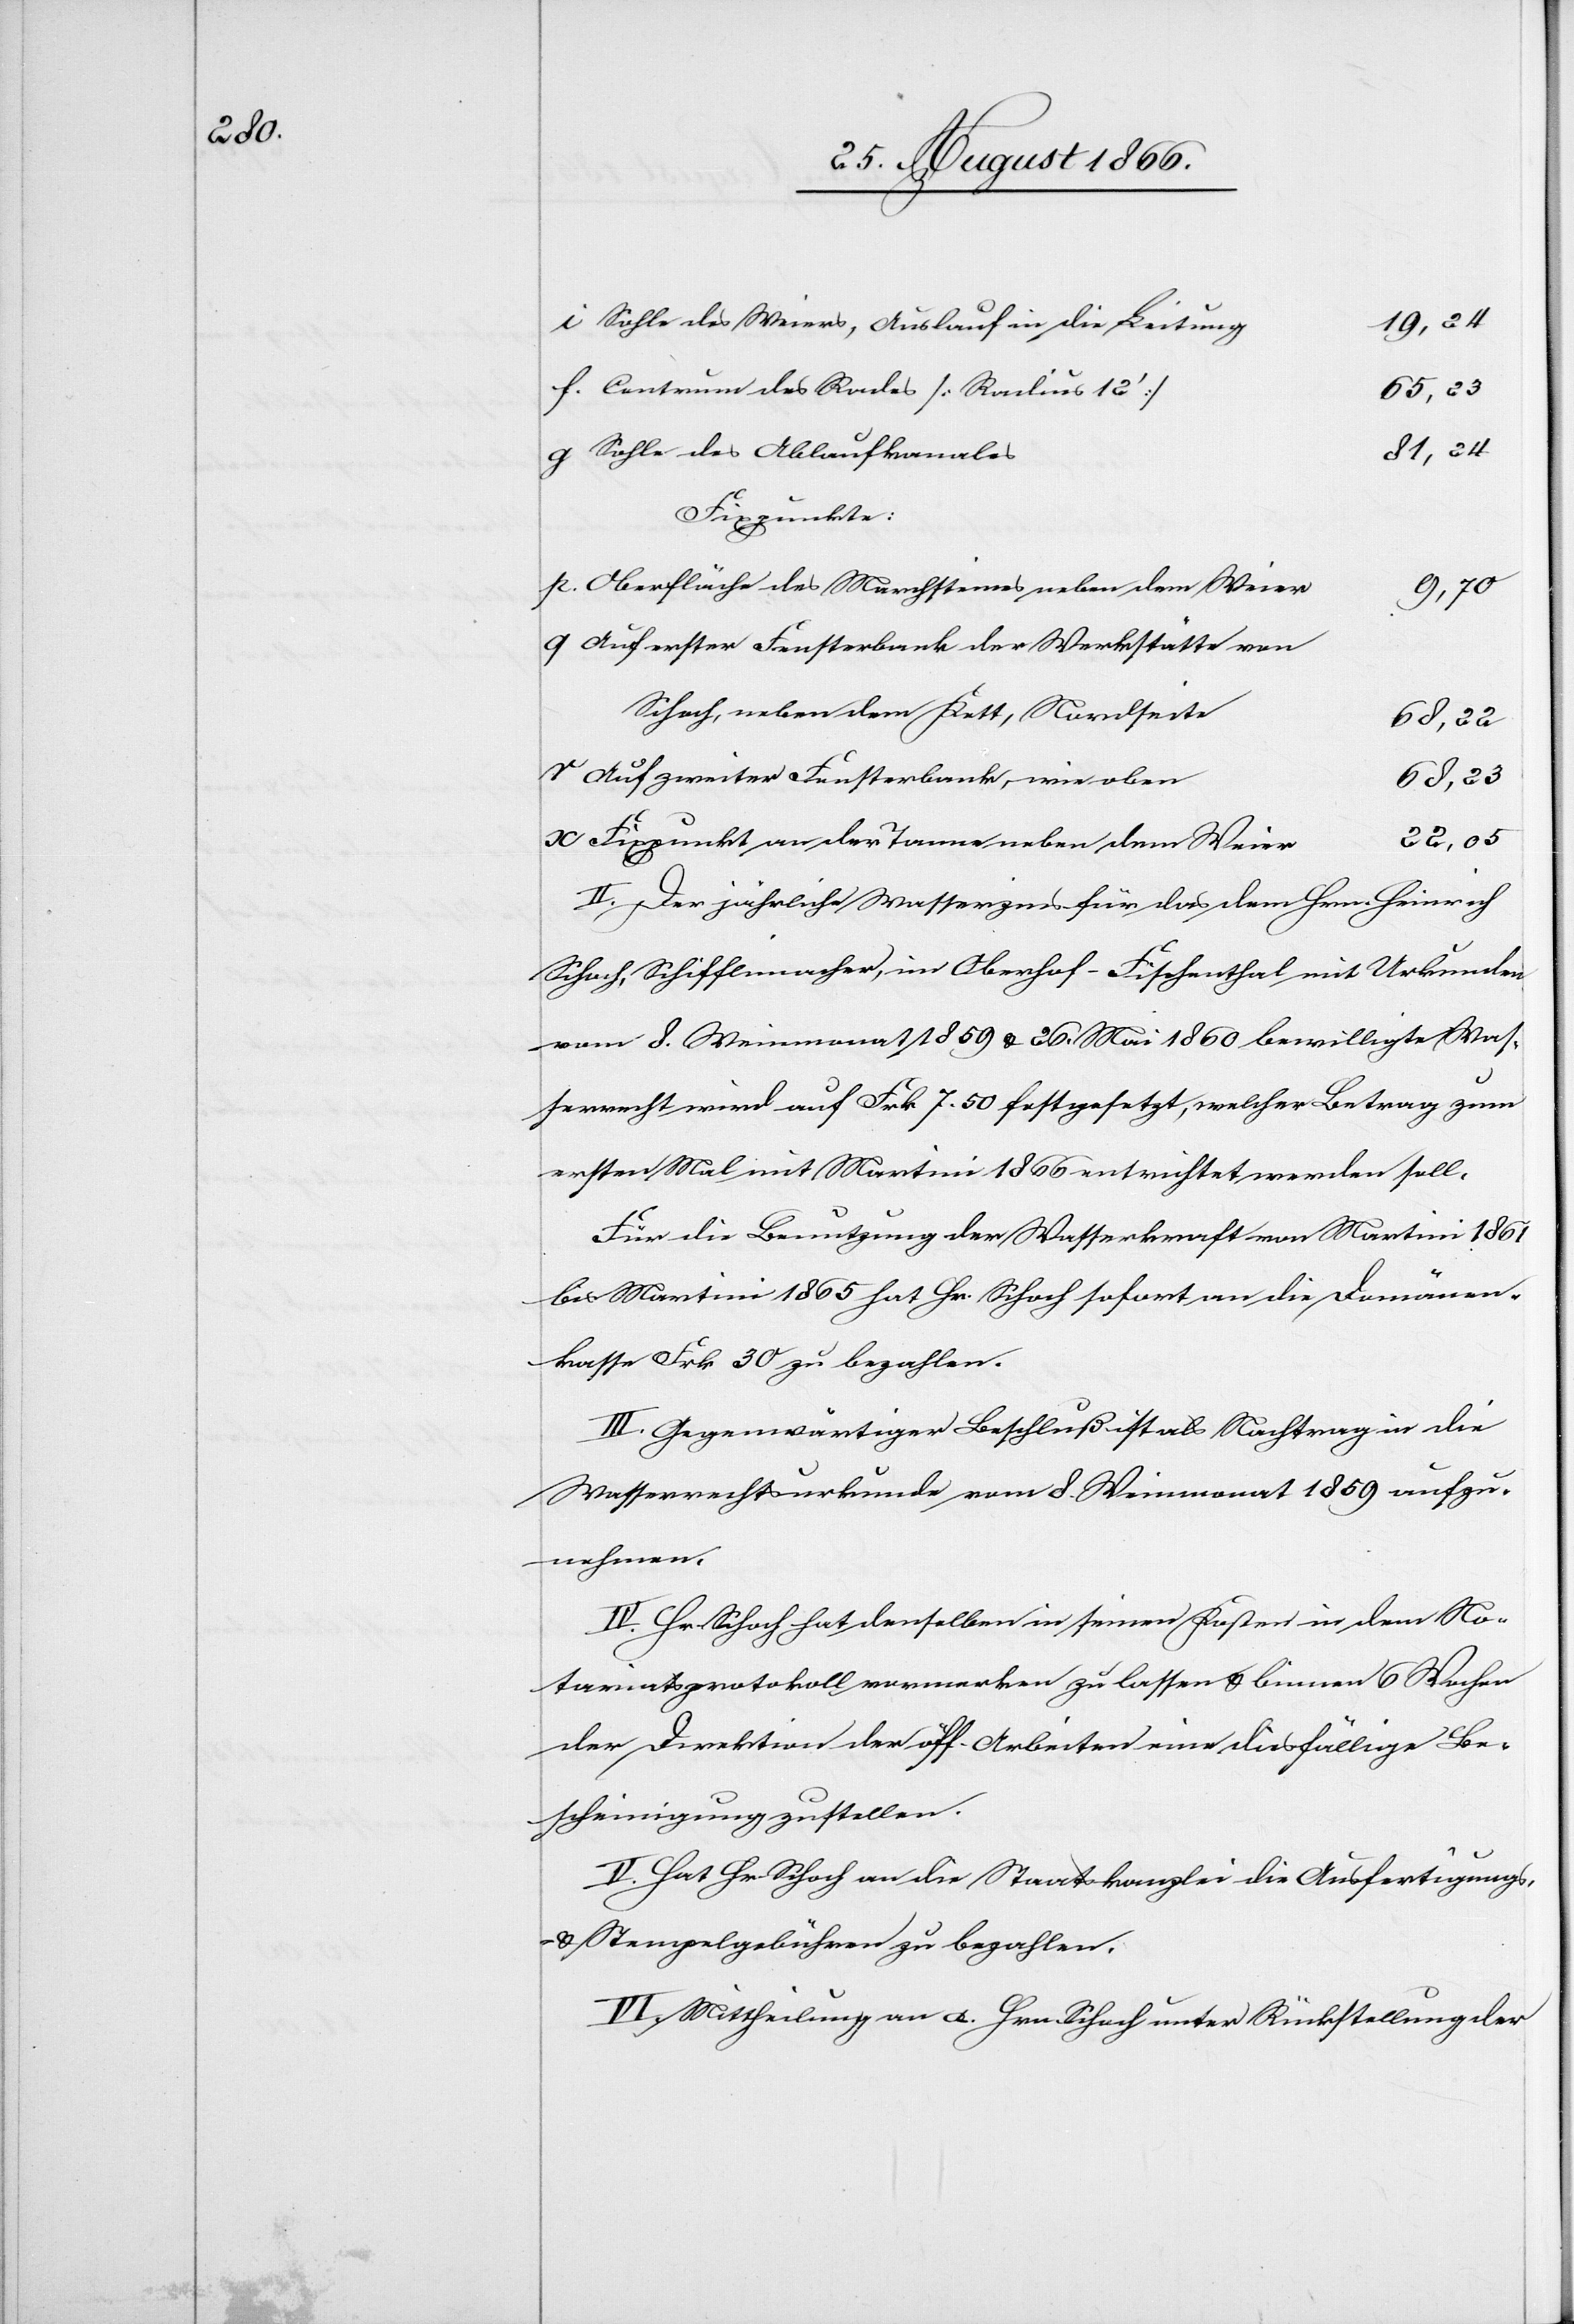
Rades

10,24
Sohle des Weiers, Auslauf in die Leitung
68,23
81,24
Sohle des Ablaufkanales
Fixpunkte:
Oberfläche des Marchsteines neben dem Weier
9,70
Auf erster Fensterbank der Werkstätte von
Schoch, neben dem Kett, Nordseite
68,22
Auf zweiter Fensterbank, wie oben
22,05
Fixpunkt an der Tanne neben dem Weier
II. Der jährliche Wasserzins für das dem Hrn. Heinrich
Schoch, Schifflimacher, im Oberhof-Fischenthal mit Urkunde
vom 8. Weinmonat 1859 u. 26. Mai 1860 bewilligte Was¬
serrecht wird auf Frk. 7.50 festgesetzt, welcher Betrag zum
ersten Mal mit Martini 1866 entrichtet werden soll.
Für die Benutzung der Wasserkraft von Martini 1861
bis Martini 1865 hat Hr. Schoch sofort an die Domänen¬
kasse Frk. 30 zu bezahlen.
III. Gegenwärtiger Beschluß ist als Nachtrag in die
Wasserrechtsurkunde vom 8. Weinmonat 1859 aufzu¬
nehmen.
IV. Hr. Schoch hat denselben in seinen Kosten in dem No¬
tariatsprotokoll vermerken zu lassen u. binnen 6 Wochen
der Direktion der öff. Arbeiten eine diesfällige Be¬
scheinigung zu[zu]stellen.
V. Hat Hr. Schoch an die Staatskanzlei die Ausfertigungs-
u. Stempelgebühren zu bezahlen.
VI. Mittheilung an a. Hrn. Schoch unter Rückstellung der